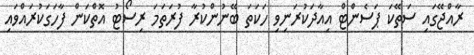
ރާއްޖޭގައި ސަތޭކަ ޕަސެންޓް އިއާދަކުރަނިވި ހަކަތަ ބޭނުންކުރާ ފުރަތަމަ ރިސޯޓު އޮތްކަން ފާހަގަކުރައްވައި